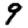
Digit: 9